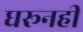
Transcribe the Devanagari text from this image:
घरूनही